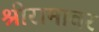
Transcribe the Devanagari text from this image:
श्रीरामावर